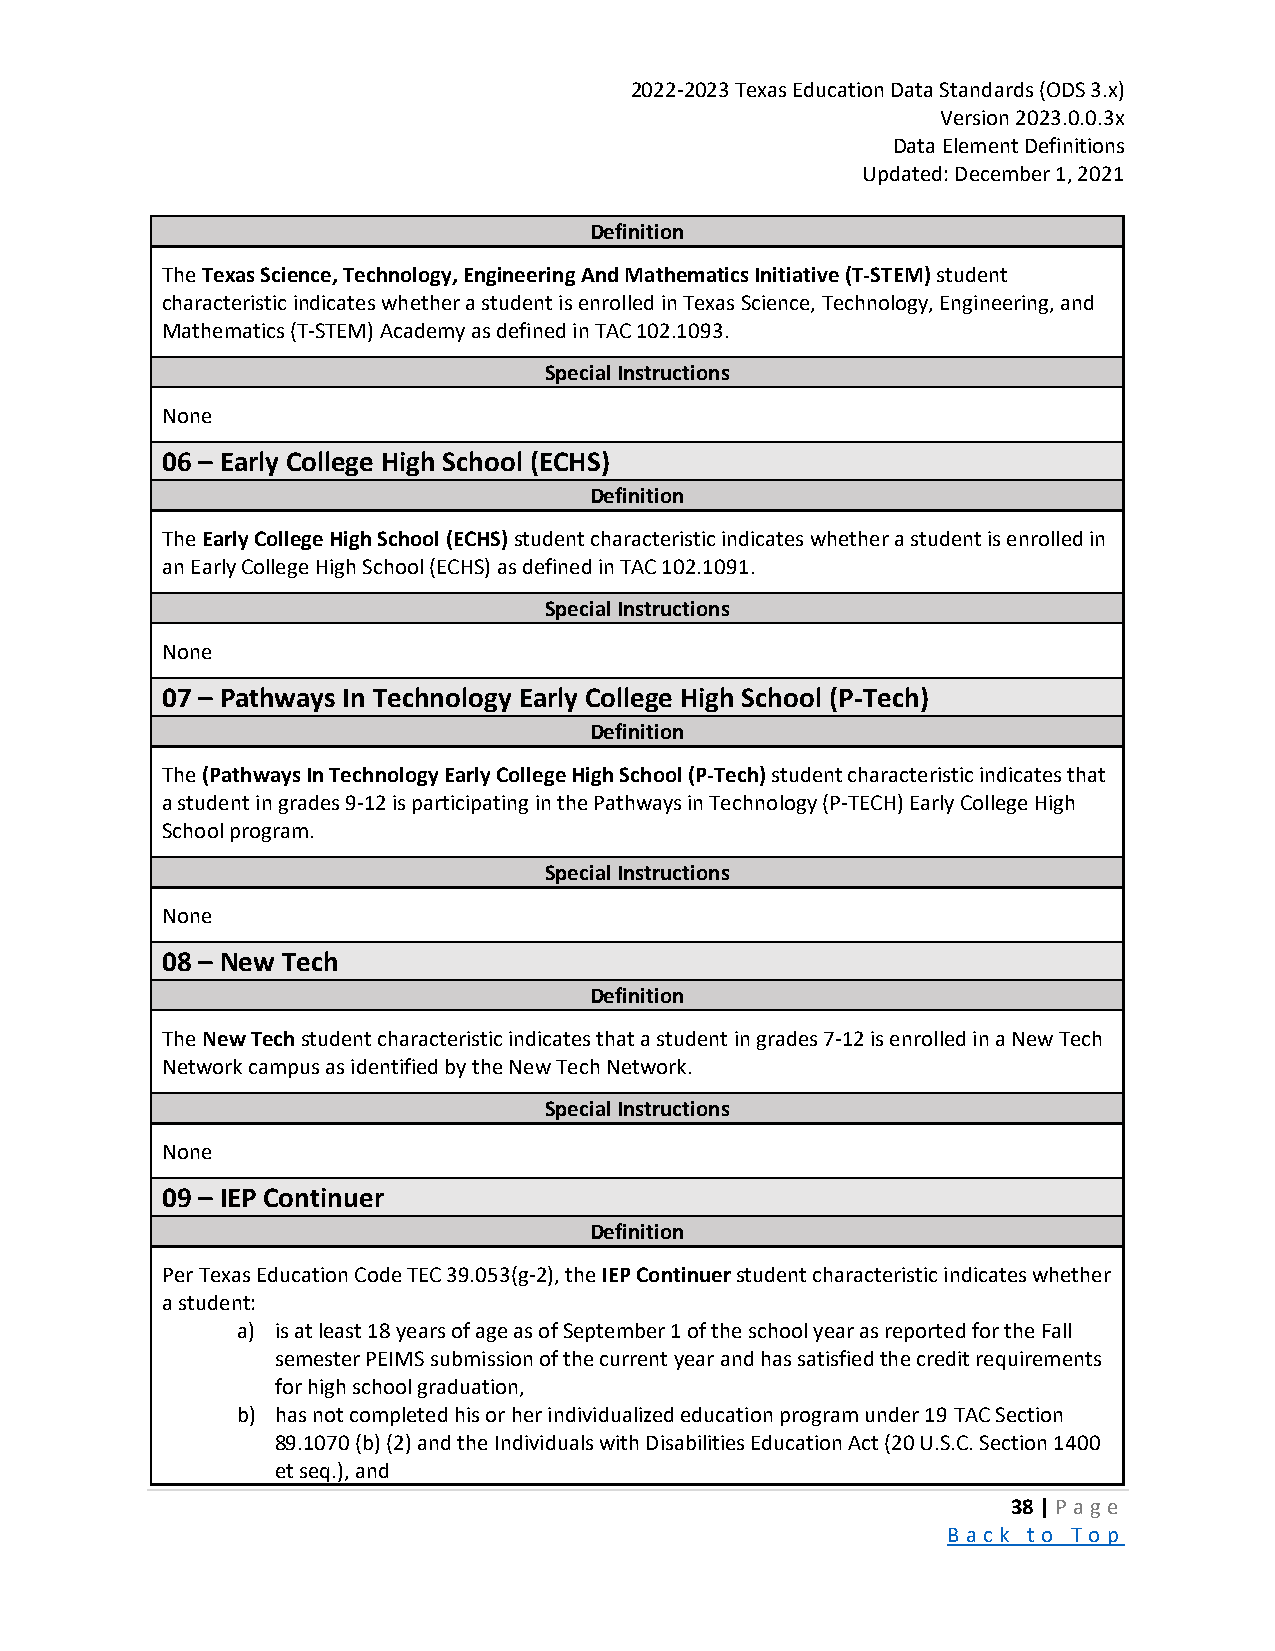
2022-2023 Texas Education Data Standards (ODS 3.x)
 Version 2023.0.0.3x
 Data Element Definitions
 Updated: December 1, 2021
 Definition
 The Texas Science, Technology, Engineering And Mathematics Initiative (T-STEM) student
 characteristic indicates whether a student is enrolled in Texas Science, Technology, Engineering, and
 Mathematics (T-STEM) Academy as defined in TAC 102.1093.
 Special Instructions
 None
 06 – Early College High School (ECHS)
 Definition
 The Early College High School (ECHS) student characteristic indicates whether a student is enrolled in
 an Early College High School (ECHS) as defined in TAC 102.1091.
 Special Instructions
 None
 07 – Pathways In Technology Early College High School (P-Tech)
 Definition
 The (Pathways In Technology Early College High School (P-Tech) student characteristic indicates that
 a student in grades 9-12 is participating in the Pathways in Technology (P-TECH) Early College High
 School program.
 Special Instructions
 None
 08 – New Tech
 Definition
 The New Tech student characteristic indicates that a student in grades 7-12 is enrolled in a New Tech
 Network campus as identified by the New Tech Network.
 Special Instructions
 None
 09 – IEP Continuer
 Definition
 Per Texas Education Code TEC 39.053(g-2), the IEP Continuer student characteristic indicates whether
 a student:
 a) is at least 18 years of age as of September 1 of the school year as reported for the Fall
 semester PEIMS submission of the current year and has satisfied the credit requirements
 for high school graduation,
 b) has not completed his or her individualized education program under 19 TAC Section
 89.1070 (b) (2) and the Individuals with Disabilities Education Act (20 U.S.C. Section 1400
 et seq.), and
 38 | P a ge
 B a ck to To p